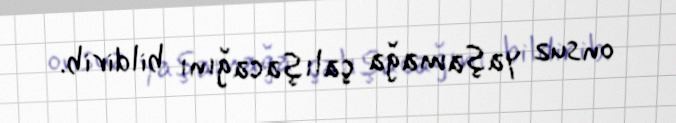
onsuz yaşamağa çalışacağını bildirib.